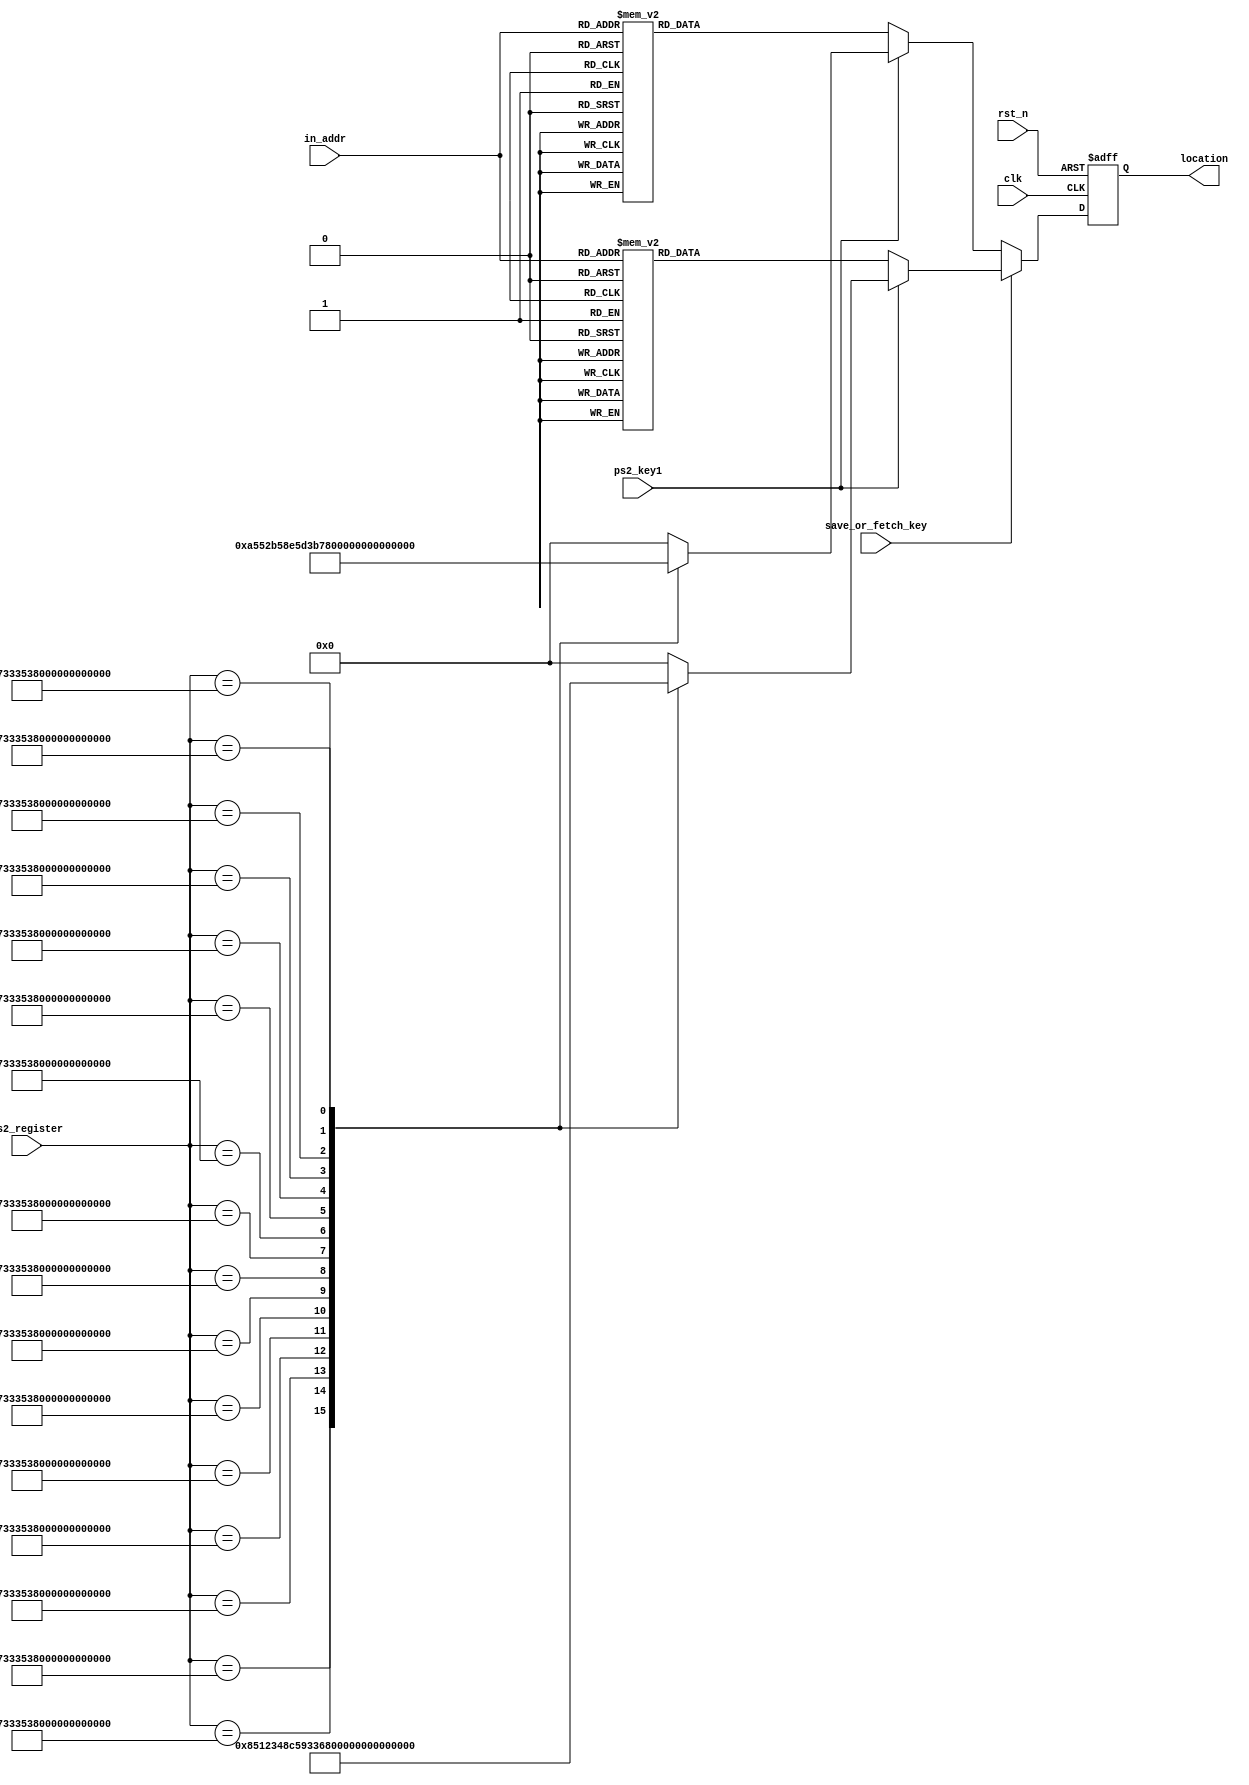
`timescale 1ns / 1ps
//////////////////////////////////////////////////////////////////////////////////
// Company: 
// Engineer: 
// 
// Design Name: 
// Module Name:    address_translation 
// Project Name: 
// Target Devices: 
// Tool versions: 
// Description: 
//
// Dependencies: 
//
// Revision: 
// Revision 0.01 - File Created
// Additional Comments: 
//
//////////////////////////////////////////////////////////////////////////////////
module address_translation(
    clk,rst_n,ps2_key1,save_or_fetch_key,ps2_register,location,in_addr
	);
	input clk;
	input rst_n;
	input ps2_key1;          //  
	//input ps2_key2;          //z
	input save_or_fetch_key; //  0  1
	input [103:0]ps2_register;
	output reg [6:0]location;
	input [4:0]in_addr;
	
	always@(posedge clk or negedge rst_n)
	begin
	if(!rst_n)
		location<=7'd0;
	else if(!save_or_fetch_key)
		begin
		if(ps2_key1)
			begin
			case(ps2_register)
			104'h39_37_38_37_33_35_38_39_37_35_32_39_30:location<=7'b101_001_0;
			104'h39_37_38_37_33_35_38_39_37_35_32_39_31:location<=7'b101_010_0;
			104'h39_37_38_37_33_35_38_39_37_35_32_39_32:location<=7'b101_011_0;
			104'h39_37_38_37_33_35_38_39_37_35_32_39_33:location<=7'b101_100_0;
			104'h39_37_38_37_33_35_38_39_37_35_32_39_34:location<=7'b111_001_0;
			104'h39_37_38_37_33_35_38_39_37_35_32_39_35:location<=7'b111_010_0;
			104'h39_37_38_37_33_35_38_39_37_35_32_39_36:location<=7'b111_011_0;
			104'h39_37_38_37_33_35_38_39_37_35_32_39_37:location<=7'b111_100_0;
			
			104'h39_37_38_37_33_35_38_39_37_35_32_38_30:location<=7'b001_001_0;
			104'h39_37_38_37_33_35_38_39_37_35_32_38_31:location<=7'b001_010_0;
			104'h39_37_38_37_33_35_38_39_37_35_32_38_32:location<=7'b001_011_0;
			104'h39_37_38_37_33_35_38_39_37_35_32_38_33:location<=7'b001_100_0;
			104'h39_37_38_37_33_35_38_39_37_35_32_38_34:location<=7'b011_001_0;
			104'h39_37_38_37_33_35_38_39_37_35_32_38_35:location<=7'b011_010_0;
			104'h39_37_38_37_33_35_38_39_37_35_32_38_36:location<=7'b011_011_0;
			104'h39_37_38_37_33_35_38_39_37_35_32_38_37:location<=7'b011_100_0;
			default:location<=7'D0;
			endcase
			end
		else 
			begin
			case(in_addr)
			'd0:location<=7'D0;
			'd1:location<=7'b001_001_0;
			'd2:location<=7'b001_010_0;
			'd3:location<=7'b001_011_0;
			'd4:location<=7'b001_100_0;
			'd5:location<=7'b011_001_0;
			'd6:location<=7'b011_010_0;
			'd7:location<=7'b011_011_0;
			'd8:location<=7'b011_100_0;
			'd9:location<=7'b101_001_0;
			'd10:location<=7'b101_010_0;
			'd11:location<=7'b101_011_0;
			'd12:location<=7'b101_100_0;
			'd13:location<=7'b111_001_0;
			'd14:location<=7'b111_010_0;
			'd15:location<=7'b111_011_0;
			'd16:location<=7'b111_100_0;
			default:location<=7'D0;
			endcase			
			end
		end
	else
		begin
		if(ps2_key1)
			begin
			case(ps2_register)
			104'h39_37_38_37_33_35_38_39_37_35_32_39_30:location<=7'b100_001_0;
			104'h39_37_38_37_33_35_38_39_37_35_32_39_31:location<=7'b100_010_0;
			104'h39_37_38_37_33_35_38_39_37_35_32_39_32:location<=7'b100_011_0;
			104'h39_37_38_37_33_35_38_39_37_35_32_39_33:location<=7'b100_100_0;
			104'h39_37_38_37_33_35_38_39_37_35_32_39_34:location<=7'b110_001_0;
			104'h39_37_38_37_33_35_38_39_37_35_32_39_35:location<=7'b110_010_0;
			104'h39_37_38_37_33_35_38_39_37_35_32_39_36:location<=7'b110_011_0;
			104'h39_37_38_37_33_35_38_39_37_35_32_39_37:location<=7'b110_100_0;
			
			104'h39_37_38_37_33_35_38_39_37_35_32_38_30:location<=7'b000_001_0;
			104'h39_37_38_37_33_35_38_39_37_35_32_38_31:location<=7'b000_010_0;
			104'h39_37_38_37_33_35_38_39_37_35_32_38_32:location<=7'b000_011_0;
			104'h39_37_38_37_33_35_38_39_37_35_32_38_33:location<=7'b000_100_0;
			104'h39_37_38_37_33_35_38_39_37_35_32_38_34:location<=7'b010_001_0;
			104'h39_37_38_37_33_35_38_39_37_35_32_38_35:location<=7'b010_010_0;
			104'h39_37_38_37_33_35_38_39_37_35_32_38_36:location<=7'b010_011_0;
			104'h39_37_38_37_33_35_38_39_37_35_32_38_37:location<=7'b010_100_0;
			default:location<=7'd0;
			endcase
			end
		else
			begin
			case(in_addr)
			'd0:location<=7'D0;
			'd1:location<=7'b000_001_0;
			'd2:location<=7'b000_010_0;
			'd3:location<=7'b000_011_0;
			'd4:location<=7'b000_100_0;
			'd5:location<=7'b010_001_0;
			'd6:location<=7'b010_010_0;
			'd7:location<=7'b010_011_0;
			'd8:location<=7'b010_100_0;
			'd9:location<=7'b100_001_0;
			'd10:location<=7'b100_010_0;
			'd11:location<=7'b100_011_0;
			'd12:location<=7'b100_100_0;
			'd13:location<=7'b110_001_0;
			'd14:location<=7'b110_010_0;
			'd15:location<=7'b110_011_0;
			'd16:location<=7'b110_100_0;
			default:location<=7'D0;
			endcase			
			end
		end
	end
endmodule